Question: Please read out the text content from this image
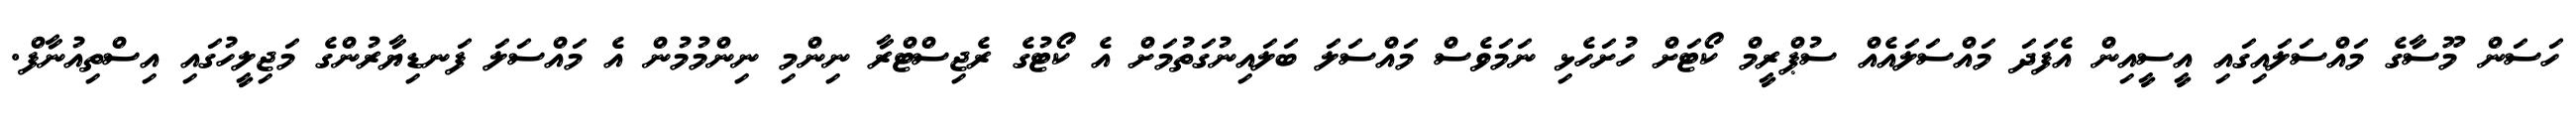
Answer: ހަސަން މޫސާގެ މައްސަލައިގައި އީސީއިން އެފަދަ މައްސަލައެއް ސުޕްރީމް ކޯޓަށް ހުށަހެޅި ނަމަވެސް މައްސަލަ ބަލައިނުގަތުމަށް އެ ކޯޓުގެ ރެޖިސްޓްރާ ނިންމި ނިންމުމުން އެ މައްސަލަ ފަނޑިޔާރުންގެ މަޖިލީހުގައި އިސްތިއުނާފް.